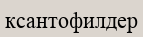
ксантофилдер